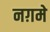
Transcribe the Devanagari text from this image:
नग़मे